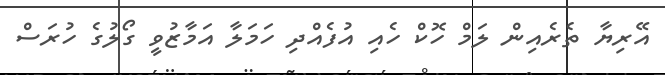
އޭރިޔާ ތެރެއިން ލަމް ހޮކް ހެއި އުފެއްދި ހަމަލާ އަމާޒުވީ ގޯލުގެ ހުރަސް